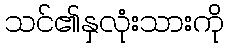
သင်၏နှလုံးသားကို